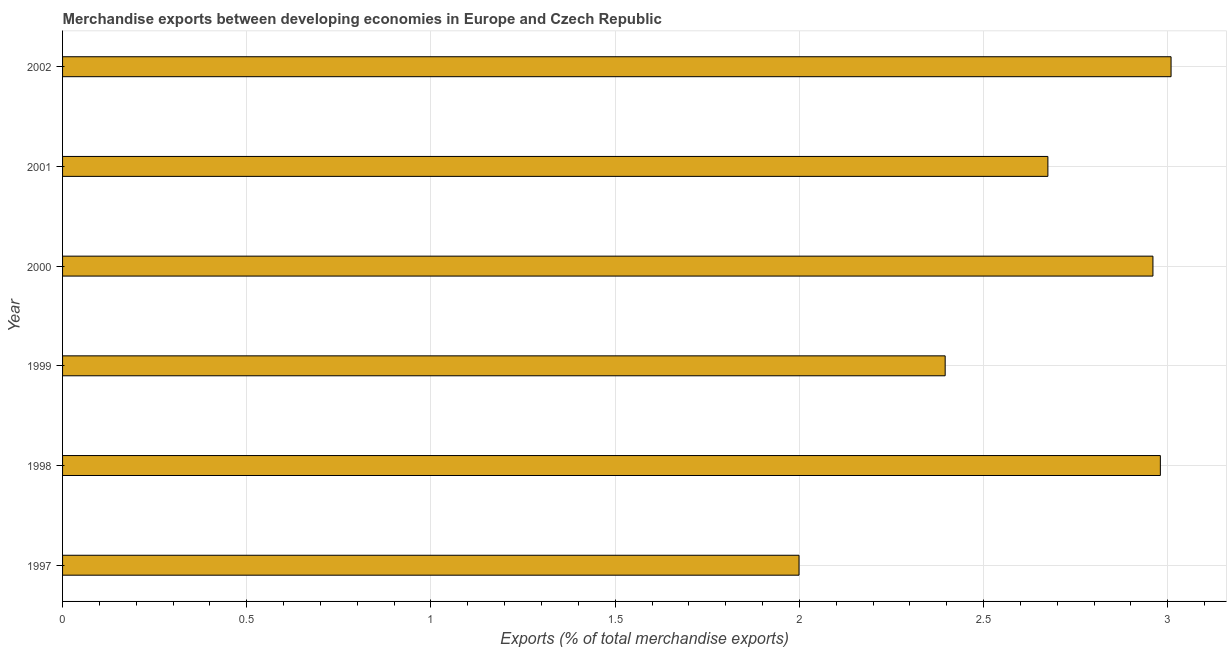
| Year | Merchandise Exports |
 | --- | --- |
 | 1997 | 2 |
 | 1998 | 2.98 |
 | 1999 | 2.4 |
 | 2000 | 2.96 |
 | 2001 | 2.67 |
 | 2002 | 3.01 |